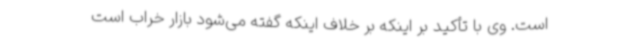
است. وی با تأکید بر اینکه بر خلاف اینکه گفته می‌شود بازار خراب است